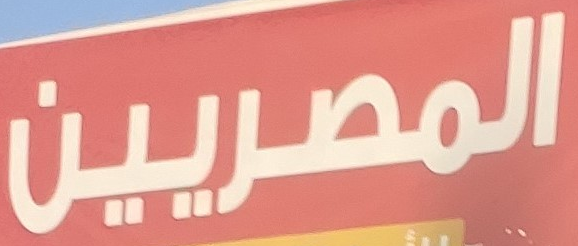
المصريين